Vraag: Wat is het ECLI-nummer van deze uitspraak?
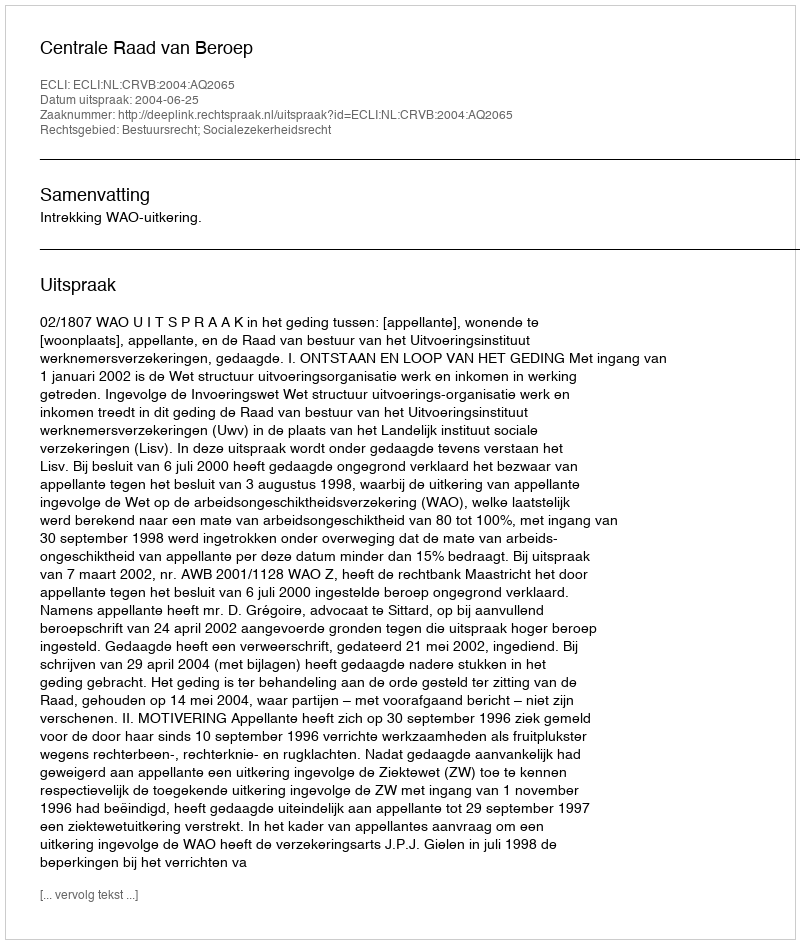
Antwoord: ECLI:NL:CRVB:2004:AQ2065